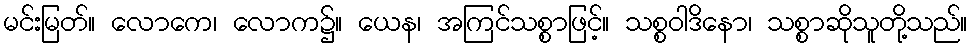
မင်းမြတ်။ လောကေ၊ လောက၌။ ယေန၊ အကြင်သစ္စာဖြင့်။ သစ္စဝါဒိနော၊ သစ္စာဆိုသူတို့သည်။